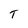
Character: T